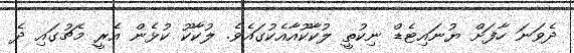
ދެވަނަ ހާފަށް ޔުނައިޓެޑް ނިކުތީ ލުކާކޫއާއެކުގައެވެ. ލުކާކޫ ކުޅެން އެރީ މެޗުގައި ދެ